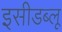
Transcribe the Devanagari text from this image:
इसीडब्लू